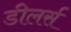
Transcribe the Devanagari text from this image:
डीलर्स